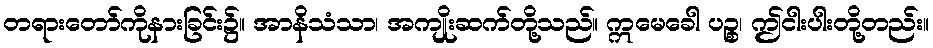
တရားတော်ကိုနားခြင်း၌။ အာနိသံသာ၊ အကျိုးဆက်တို့သည်။ ဣမေခေါ ပဉ္စ၊ ဤငါးပါးတို့တည်း။